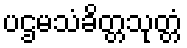
ပဌမသံခိတ္တသုတ္တံ